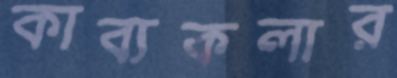
কাব্যকলার